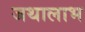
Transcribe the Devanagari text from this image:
जथालाभ